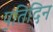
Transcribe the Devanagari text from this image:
प॒तिदिन